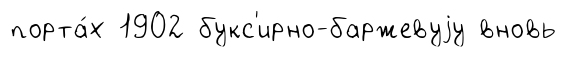
порта́х 1902 букс'ирно-баржевуjу вновь